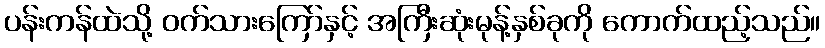
ပန်းကန်ထဲသို့ ဝက်သားကြော်နှင့် အကြီးဆုံးမုန့်နှစ်ခုကို ကောက်ထည့်သည်။